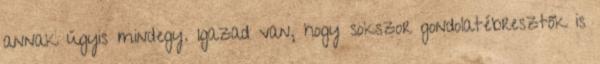
annak úgyis mindegy. Igazad van, hogy sokszor gondolatébresztők is